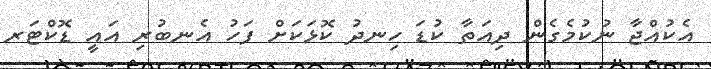
އެކުއްޖާ ނުކުމެގެން ދިއަތާ ކުޑަ ހިނދު ކޮޅަކަށް ފަހު އެނބުރި އައީ ޑޮކްޓަރ